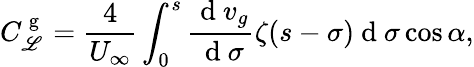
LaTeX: C_{\mathscr{L}}^{\mathrm{{~g~}}}=\frac{{4}}{{U_{\infty}}}\int_{0}^{s}\frac{{\mathrm{{~d~}}v_{g}}}{{\mathrm{{~d~}}\sigma}}\zeta(s-\sigma)\mathrm{{~d~}}\sigma\cos\alpha,